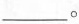
___。